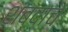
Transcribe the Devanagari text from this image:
शब्‍दाचे